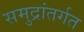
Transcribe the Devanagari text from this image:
समुद्रांतर्गत